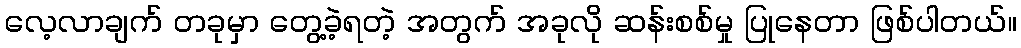
လေ့လာချက် တခုမှာ တွေ့ခဲ့ရတဲ့ အတွက် အခုလို ဆန်းစစ်မှု ပြုနေတာ ဖြစ်ပါတယ်။